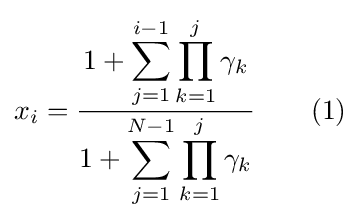
x_{i}={\frac {\displaystyle 1+\sum _{j=1}^{i-1}\prod _{k=1}^{j}\gamma _{k}}{\displaystyle 1+\sum _{j=1}^{N-1}\prod _{k=1}^{j}\gamma _{k}}}\qquad {\text{(1)}}